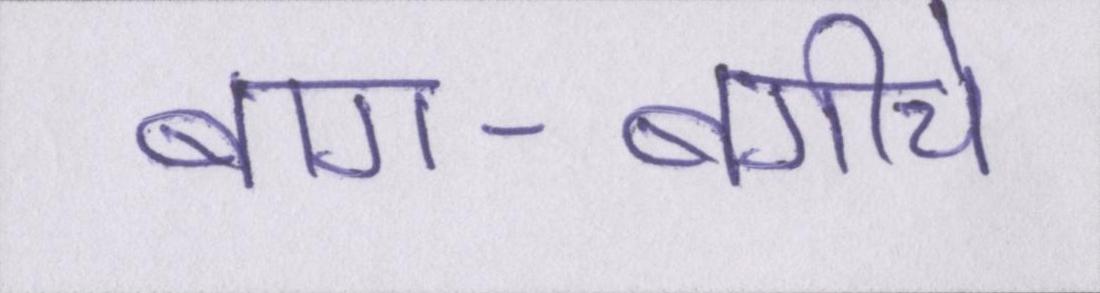
बाग-बगीचे